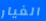
الغيار